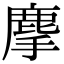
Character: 𪊗